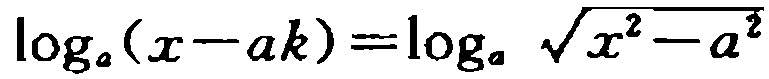
\(\log_{a}(x - ak)=\log_{a}\sqrt{x^{2}-a^{2}}\)